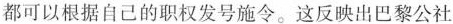
都可以根据自己的职权发号施令。这反映出巴黎公社